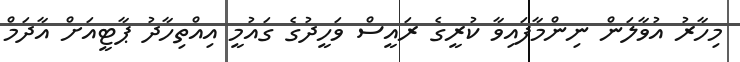
މިހާރު އުވާލަން ނިންމާފައިވާ ކުރީގެ ރައީސް ވަހީދުގެ ގައުމީ އިއްތިހާދު ޕާޓީއަށް އާދަމް